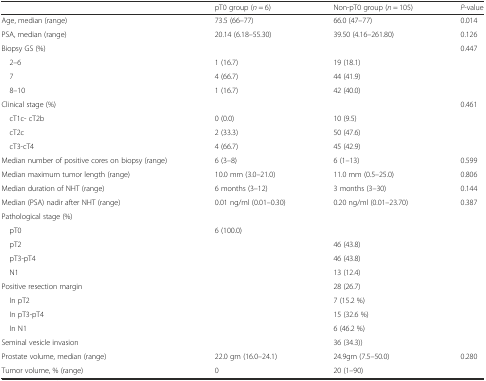
|  | pT0 group (n = 6) | Non-pT0 group (n = 105) | P-value |
 | --- | --- | --- | --- |
 | Age, median (range) | 73.5 (66–77) | 66.0 (47–77) | 0.014 |
 | PSA, median (range) | 20.14 (6.18–55.30) | 39.50 (4.16–261.80) | 0.126 |
 | Biopsy GS (%) |  |  | 0.447 |
 | 2–6 | 1 (16.7) | 19 (18.1) |  |
 | 7 | 4 (66.7) | 44 (41.9) |  |
 | 8–10 | 1 (16.7) | 42 (40.0) |  |
 | Clinical stage (%) |  |  | 0.461 |
 | cT1c- cT2b | 0 (0.0) | 10 (9.5) |  |
 | cT2c | 2 (33.3) | 50 (47.6) |  |
 | cT3-cT4 | 4 (66.7) | 45 (42.9) |  |
 | Median number of positive cores on biopsy (range) | 6 (3–8) | 6 (1–13) | 0.599 |
 | Median maximum tumor length (range) | 10.0 mm (3.0–21.0) | 11.0 mm (0.5–25.0) | 0.806 |
 | Median duration of NHT (range) | 6 months (3–12) | 3 months (3–30) | 0.144 |
 | Median (PSA) nadir after NHT (range) | 0.01 ng/ml (0.01–0.30) | 0.20 ng/ml (0.01–23.70) | 0.387 |
 | Pathological stage (%) |  |  |  |
 | pT0 | 6 (100.0) |  |  |
 | pT2 |  | 46 (43.8) |  |
 | pT3-pT4 |  | 46 (43.8) |  |
 | N1 |  | 13 (12.4) |  |
 | Positive resection margin |  | 28 (26.7) |  |
 | In pT2 |  | 7 (15.2 %) |  |
 | In pT3-pT4 |  | 15 (32.6 %) |  |
 | In N1 |  | 6 (46.2 %) |  |
 | Seminal vesicle invasion |  | 36 (34.3)) |  |
 | Prostate volume, median (range) | 22.0 gm (16.0–24.1) | 24.9gm (7.5–50.0) | 0.280 |
 | Tumor volume, % (range) | 0 | 20 (1–90) |  |